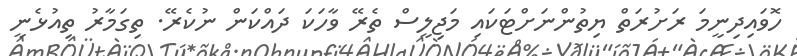
ހޮވައިދިނީމަ ރަށުރަތް ޔިތުންނަށްޓަކައި މަޖިލީސް ތެރޭ ވާހަކަ ދައްކަން ނުކެރޭ. ތިގަމާރު ތިއުޅެނީ